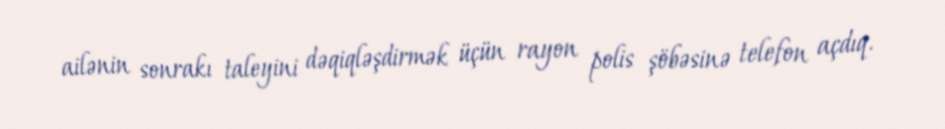
ailənin sonrakı taleyini dəqiqləşdirmək üçün rayon polis şöbəsinə telefon açdıq.